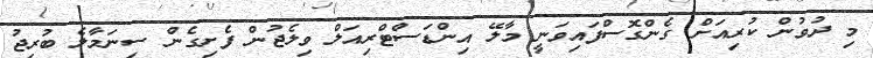
މި ދުވުން ކުރިއަށް ގެންގޮސްފައިވަނީ މާލޭ އިންޑަސްޓްރިއަލް ވިލެޖުން ފެށިގެން ސިނަމާލެ ބުރިޖު